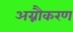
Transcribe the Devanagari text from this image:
अग्नौकरण